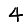
Digit: 4